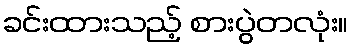
ခင်းထားသည့် စားပွဲတလုံး။